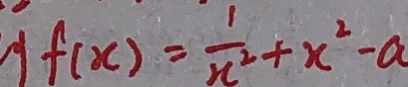
y f ( x ) = \frac { 1 } { x ^ { 2 } } + x ^ { 2 } - a